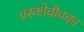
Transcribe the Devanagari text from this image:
प्रस्कोवीवका